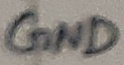
Text: GND